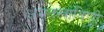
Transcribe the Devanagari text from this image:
अमृतस्त्राविणी